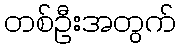
တစ်ဦးအတွက်